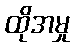
ထိုအမှု